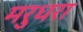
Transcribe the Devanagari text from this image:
मरुधरा